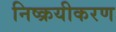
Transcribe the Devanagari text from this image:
निष्क्रयीकरण